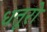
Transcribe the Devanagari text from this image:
धतूरो